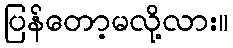
ပြန်တော့မလို့လား။